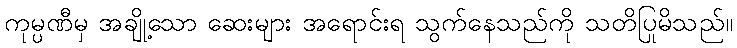
ကုမ္ပဏီမှ အချို့သော ဆေးများ အရောင်းရ သွက်နေသည်ကို သတိပြုမိသည်။